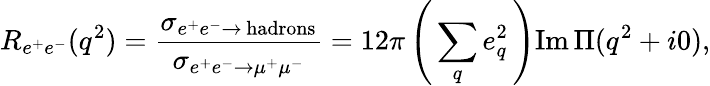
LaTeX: R_{e^{+}e^{-}}(q^{2})=\frac{\sigma_{e^{+}e^{-}\to\, \mathrm{hadrons}}}{\sigma_{e^{+}e^{-}\to\mu^{+}\mu^{-}}}=12\pi\left(\, \sum_{q}e_{q}^{2}\, \right)\mathrm{Im}\, \Pi(q^{2}+i0),